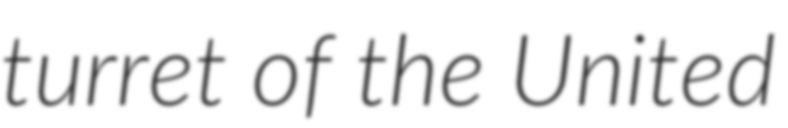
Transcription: turret of the United